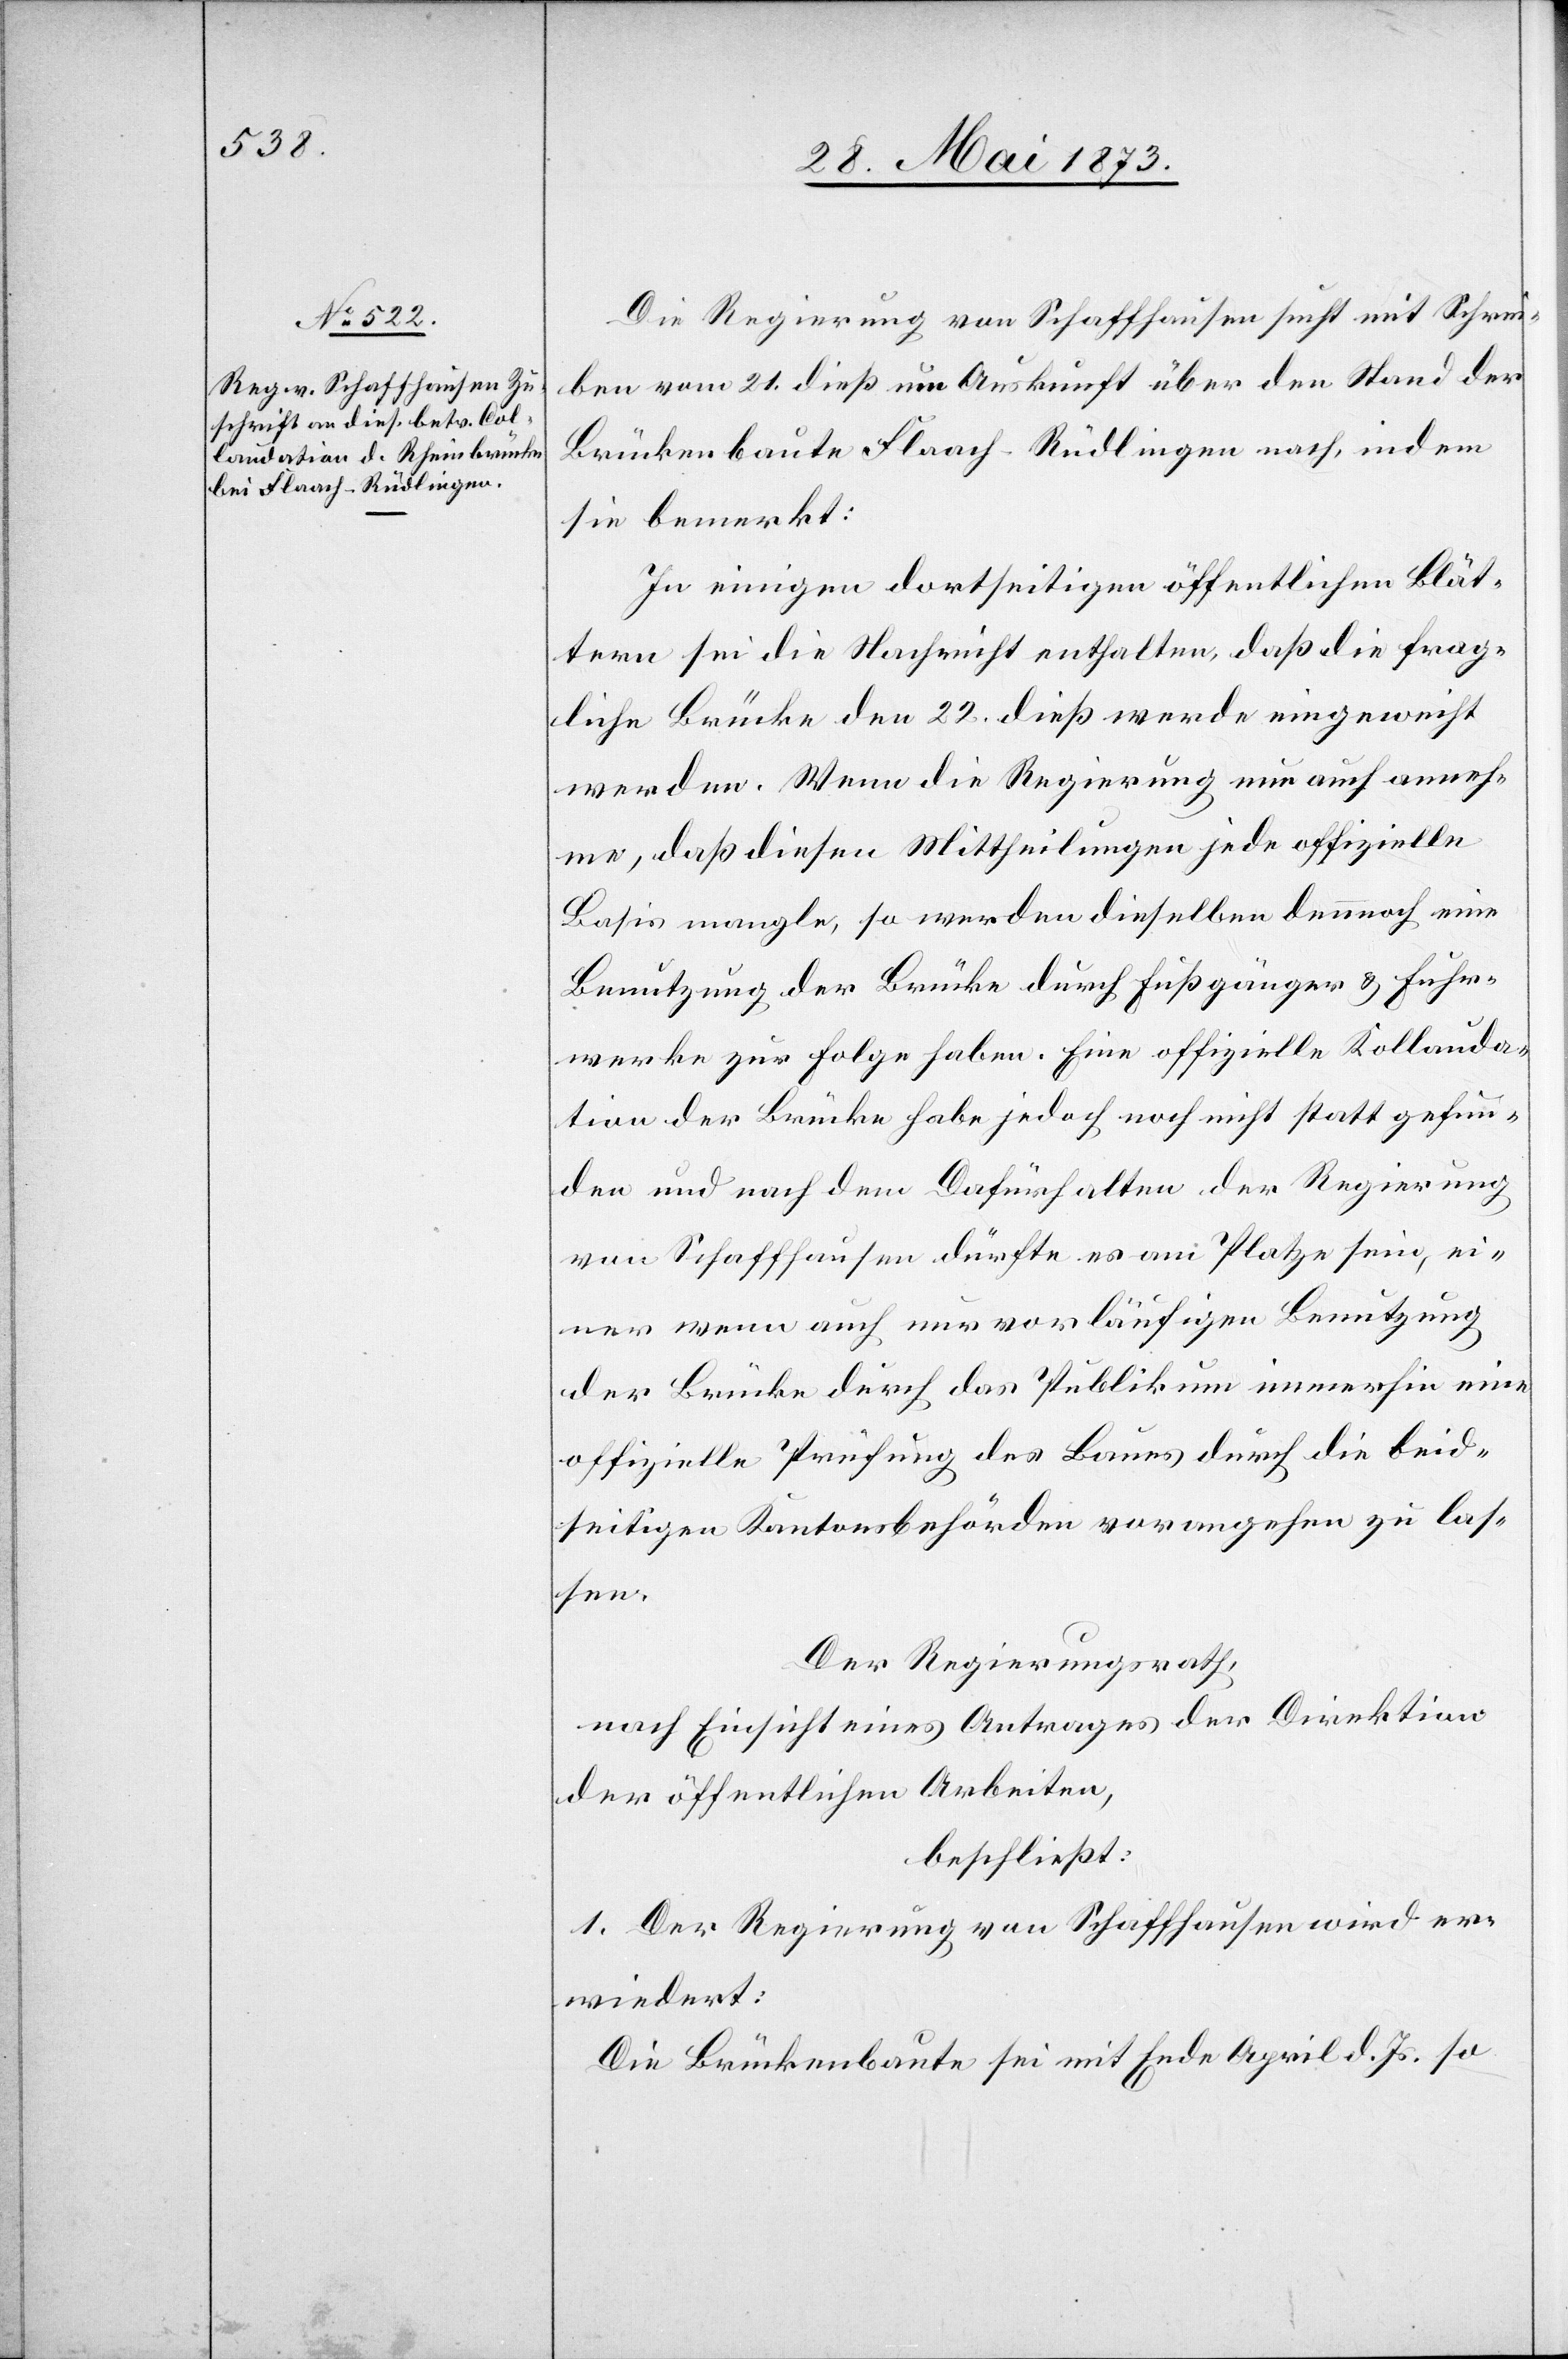
Die Regierung von Schaffhausen sucht mit Schrei¬
ben vom 21. dieß um Auskunft über den Stand der
Brückenbaute Flaach-Rüdlingen nach, indem
sie bemerkt:
In einigen dortseitigen öffentlichen Blät¬
tern sei die Nachricht enthalten, daß die frag¬
liche Brücke den 22. dieß werde eingeweiht
werden. Wenn die Regierung nun auch anneh¬
me, daß diesen Mittheilungen jede offizielle
Basis mangle, so werden dieselben dennoch eine
Benutzung der Brücke durch Fußgänger & Fuhr¬
werke zur Folge haben. Eine offizielle Kollauda¬
[sic!] der Brücke habe jedoch noch nicht statt gefun¬
den und nach dem Dafürhalten der Regierung
von Schaffhausen dürfte es am Platze sein, ei¬
ner wenn auch nur vorläufigen Benutzung
der Brücke durch das Publikum immerhin eine
offizielle Prüfung des Baues durch die beid¬
seitigen Kantonsbehörden vorangehen zu las¬
sen.
Der Regierungsrath,
nach Einsicht eines Antrages der Direktion
der öffentlichen Arbeiten,
beschließt:
1. Der Regierung von Schaffhausen wird er¬
wiedert:
Die Brückenbaute sei mit Ende April d. Js. so